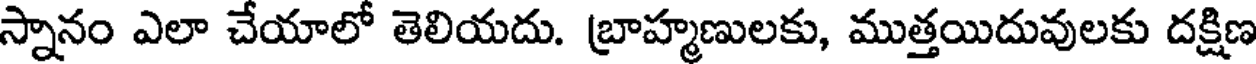
స్నానం ఎలా చేయాలో తెలియదు. బ్రాహ్మణులకు, ముత్తయిదువులకు దక్షిణ